Papers set at the Examination for Leaving Certificates, 1892
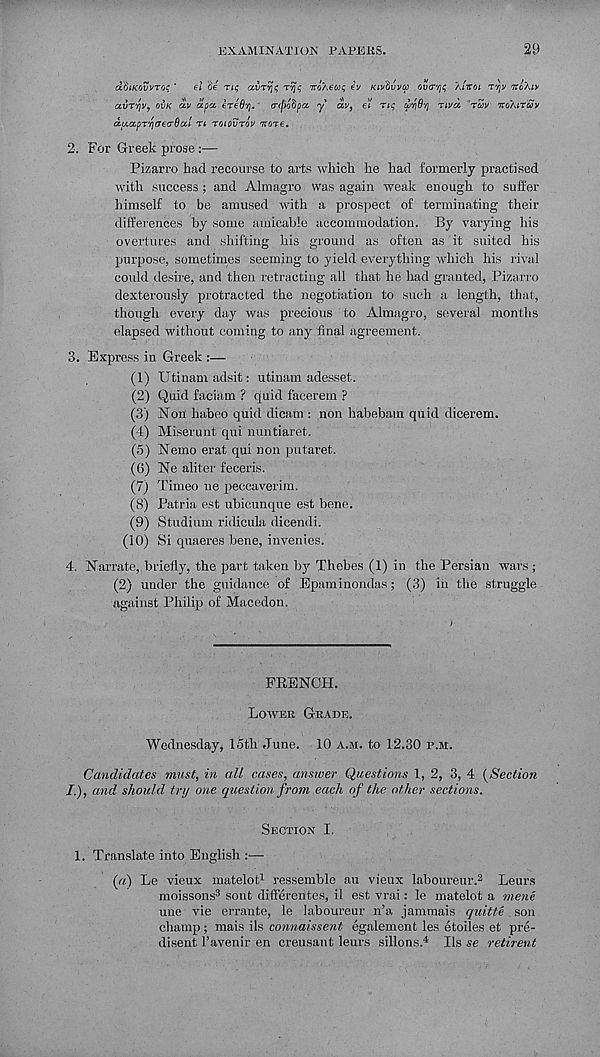
EXAMINATION PAPERS.
29
riotKovuT'/c '
(■ ! Se rt$ avTvji; rye TtoXeut; €v Ktv'dvvcj) OVITTJI; Atirot ryv irl'Aiv
avryv, OVK civ apa eTeOrj. a(j)ohp/x y av, ei rtg pyQ'/j nvd rcov nohiruv
a.u.a.pT'fjaecrQui n TOIOVTOV Troxe.
2. For Greek prose :—
Pizarro had recourse to arts which he had formerly practised
with success; and Almagro was again weak enough to suffer
himself to be amused with a prospect of terminating their
differences by some amicable accommodation. By varying his
overtures and shifting his ground as often as it suited his
purpose, sometimes seeming to yield everything which his rival
could desire, and then retracting all that he had granted, Pizarro
dexterously protracted the negotiation to such a length, that,
though every day was precious to Almagro, several months
elapsed without coming to any final agreement.
3. Express in Greek :—
(1) Utinamadsit: utinam adesset.
(2) Quid faciam ? quid facerem ?
(3) Non habeo quid dicam : non habebam quid dicerem.
(4) Miserunt qui nuntiaret.
(5) Nemo erat qui non putaret.
(G) Ne aliter feceris.
(7) Timeo ue peccaverim.
(8) Patria est ubicunque est bene.
(9) Studium ridicula dicendi.
(10)
Si quaeres bene, inveni
4. Narrate, briefly, the part taken by Thebes (1) in the Persian wars;
(2) under the guidance of Epaminondas; (3) in the struggle
against Philip of Macedon.
FRENCH.
LOWER GRADE.
Wednesday, 15th June. 10 A.M. to 12.30 P.M.
Candidates must, in all cases, answer Questions l, 2, 3, 4 [Section
I.), and should try one question from each of the other sections.
SECTION I.
1. Translate into English :—
(«) Le vieux matelot 1 ressemble an vieux laboureur. 3 Leurs
moissons 3 sont differeutes, il est vrai: le matelot a mene
une vie errante, le laboureur n’a jammais quitte son
champ; mais ils connaissent egalement les etoiles et pre-
disent 1’avenir en creusant leurs sillons. 4 Ils se retirent